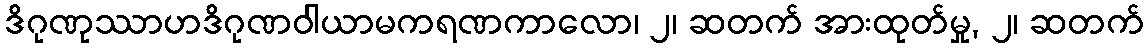
ဒိဂုဏုဿာဟဒိဂုဏဝါယာမကရဏကာလော၊ ၂၊ ဆတက် အားထုတ်မှု, ၂၊ ဆတက်